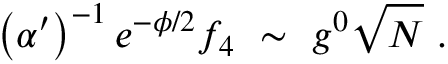
\left( \alpha ^ { \prime } \right) ^ { - 1 } e ^ { - \phi / 2 } f _ { 4 } \ \sim \ g ^ { 0 } \sqrt { N } \ .